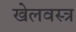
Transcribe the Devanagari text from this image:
खेलवस्त्र